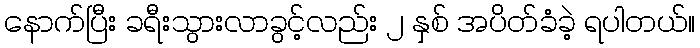
နောက်ပြီး ခရီးသွားလာခွင့်လည်း ၂ နှစ် အပိတ်ခံခဲ့ ရပါတယ်။